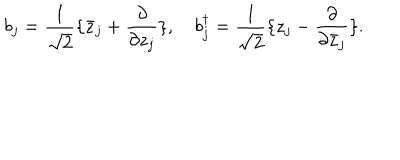
b _ { j } = { \frac { 1 } { \sqrt 2 } } \{ \bar { z } _ { j } + { \frac { \partial } { \partial z _ { j } } } \} , ~ b _ { j } ^ { \dagger } = { \frac { 1 } { \sqrt 2 } } \{ z _ { j } - { \frac { \partial } { \partial \bar { z } _ { j } } } \} .